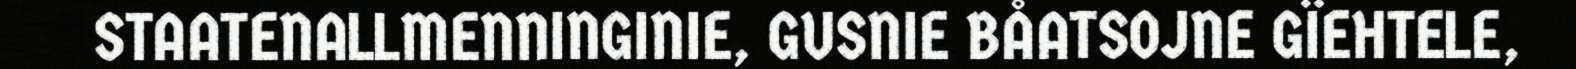
STAATENALLMENNINGINIE, GUSNIE BÅATSOJNE GÏEHTELE,